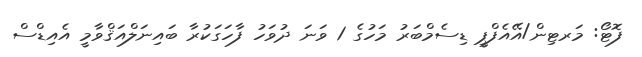
ފޮޓޯ: މަރޓިން/އޭއެފްޕީ ޑިސެމްބަރު މަހުގެ 1 ވަނަ ދުވަހު ފާހަގަކުރާ ބައިނަލްއަޤްވާމީ އެއިޑްސް